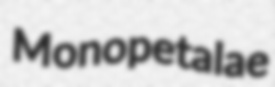
Monopetalae